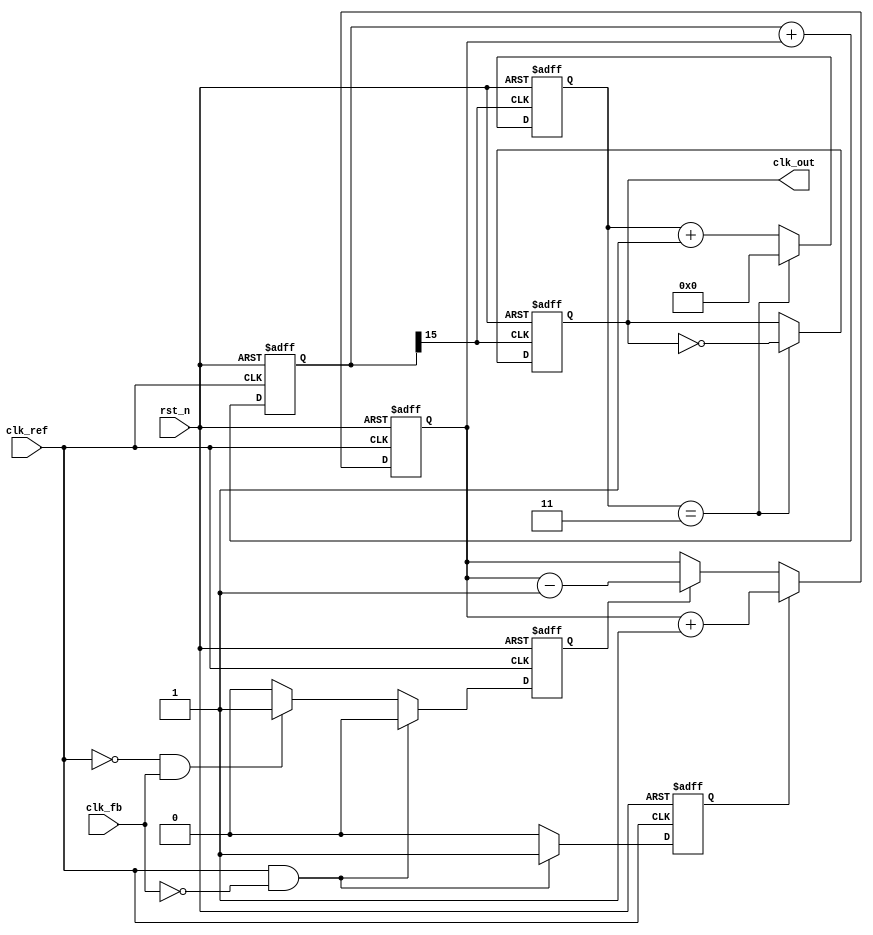
module CP_PLL (
    input wire clk_ref,          // Reference clock input
    input wire clk_fb,           // Feedback clock input
    input wire rst_n,            // Active low reset
    output wire clk_out          // Output clock
);

// Parameters (tweak as necessary)
parameter REFERENCE_DIV = 4;   // Example division factor for feedback

// Internal signals
reg up, down;
reg [3:0] charge_pump_state;  // Charge pump state
reg [15:0] loop_filter;        // Loop filter output
wire vco_output;
reg [15:0] vco_control_voltage; // Control voltage for VCO

// Phase Frequency Detector (PFD)
always @(posedge clk_ref or negedge rst_n) begin
    if (!rst_n) begin
        up <= 0;
        down <= 0;
    end else begin
        // Simple edge detection for phase comparison
        // Assuming clk_fb is also a clock signal aligned with clk_ref
        if (clk_ref && !clk_fb) begin
            up <= 1;          // Feedback clock is lagging
            down <= 0;
        end else if (!clk_ref && clk_fb) begin
            up <= 0;
            down <= 1;        // Feedback clock is leading
        end else begin
            up <= 0;          // No signals if they are aligned
            down <= 0;
        end
    end
end

// Charge Pump
always @(posedge clk_ref or negedge rst_n) begin
    if (!rst_n) begin
        charge_pump_state <= 4'b0000;
    end else begin
        if (up) begin
            charge_pump_state <= charge_pump_state + 1; // Increase
        end else if (down) begin
            charge_pump_state <= charge_pump_state - 1; // Decrease
        end
    end
end

// Loop Filter (simple integrator for demonstration)
always @(posedge clk_ref or negedge rst_n) begin
    if (!rst_n) begin
        loop_filter <= 16'b0000000000000000; // Reset loop filter
    end else begin
        loop_filter <= loop_filter + charge_pump_state; // Integrate charge pump output
    end
end

// Voltage-Controlled Oscillator (VCO)
assign vco_output = loop_filter[15]; // Just an example; normally we use a more complex VCO model

// Feedback Divider
reg [3:0] counter; // Simple counter for division
always @(posedge vco_output or negedge rst_n) begin
    if (!rst_n) begin
        counter <= 0;
        clk_out <= 0;
    end else begin
        if (counter == (REFERENCE_DIV - 1)) begin
            clk_out <= ~clk_out; // Toggle output clock
            counter <= 0; // Reset counter
        end else begin
            counter <= counter + 1; // Increment counter
        end
    end
end

endmodule